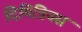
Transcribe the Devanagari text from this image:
दिमित्रियस